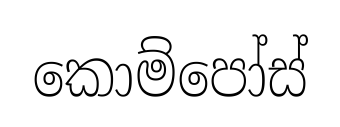
කොම්පෝස්